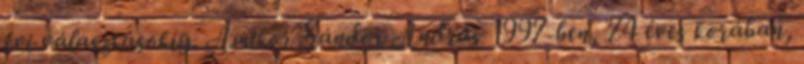
évi választásokig. Amikor Sándor András 1997-ben, 74 éves korában,